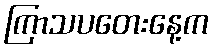
ကြာသပတေးနေ့က